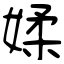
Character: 媃